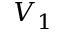
V _ { 1 }